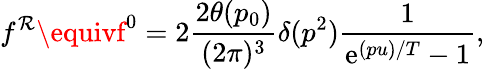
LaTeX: f^{\mathcal{R}}\equivf^{0}=2\frac{{2\theta(p_{0})}}{{(2\pi)^{3}}}\delta(p^{2})\frac{{1}}{{\mathrm{{e}}^{(pu)/T}-1}},